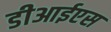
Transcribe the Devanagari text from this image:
डीआईएस